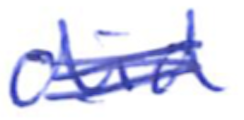
Text: did
Cross-out: scratch
Writing tool: ballpoint